Scottish Leaving Certificate Examination, 1955
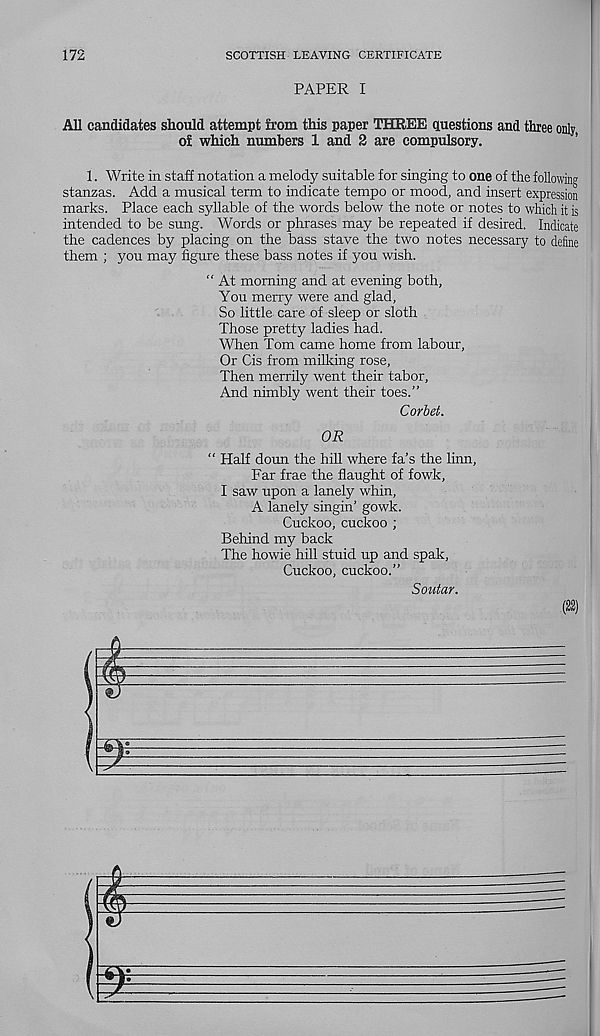
172
SCOTTISH LEAVING CERTIFICATE
PAPER I
All candidates should attempt from this paper THREE questions and three only
of which numbers 1 and 2 are compulsory.
1. Write in staff notation a melody suitable for singing to one of the following
stanzas. Add a musical term to indicate tempo or mood, and insert expression
marks. Place each syllable of the words below the note or notes to which it is
intended to be sung. Words or phrases may be repeated if desired. Indicate
the cadences by placing on the bass stave the two notes necessary to define
them ; you may figure these bass notes if you wish.
“ At morning and at evening both.
You merry were and glad,
So little care of sleep or sloth
Those pretty ladies had.
When Tom came home from labour,
Or Cis from milking rose,
Then merrily went their tabor.
And nimbly went their toes.”
Corbet.
OR
“ Half doun the hill where fa’s the linn,
Far frae the flaught of fowk,
I saw upon a lanely whin,
A lanely singin’ gowk.
Cuckoo, cuckoo ;
Behind my back
The howie hill stuid up and spak,
Cuckoo, cuckoo.”
Soutar.
m